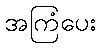
အကြံပေး